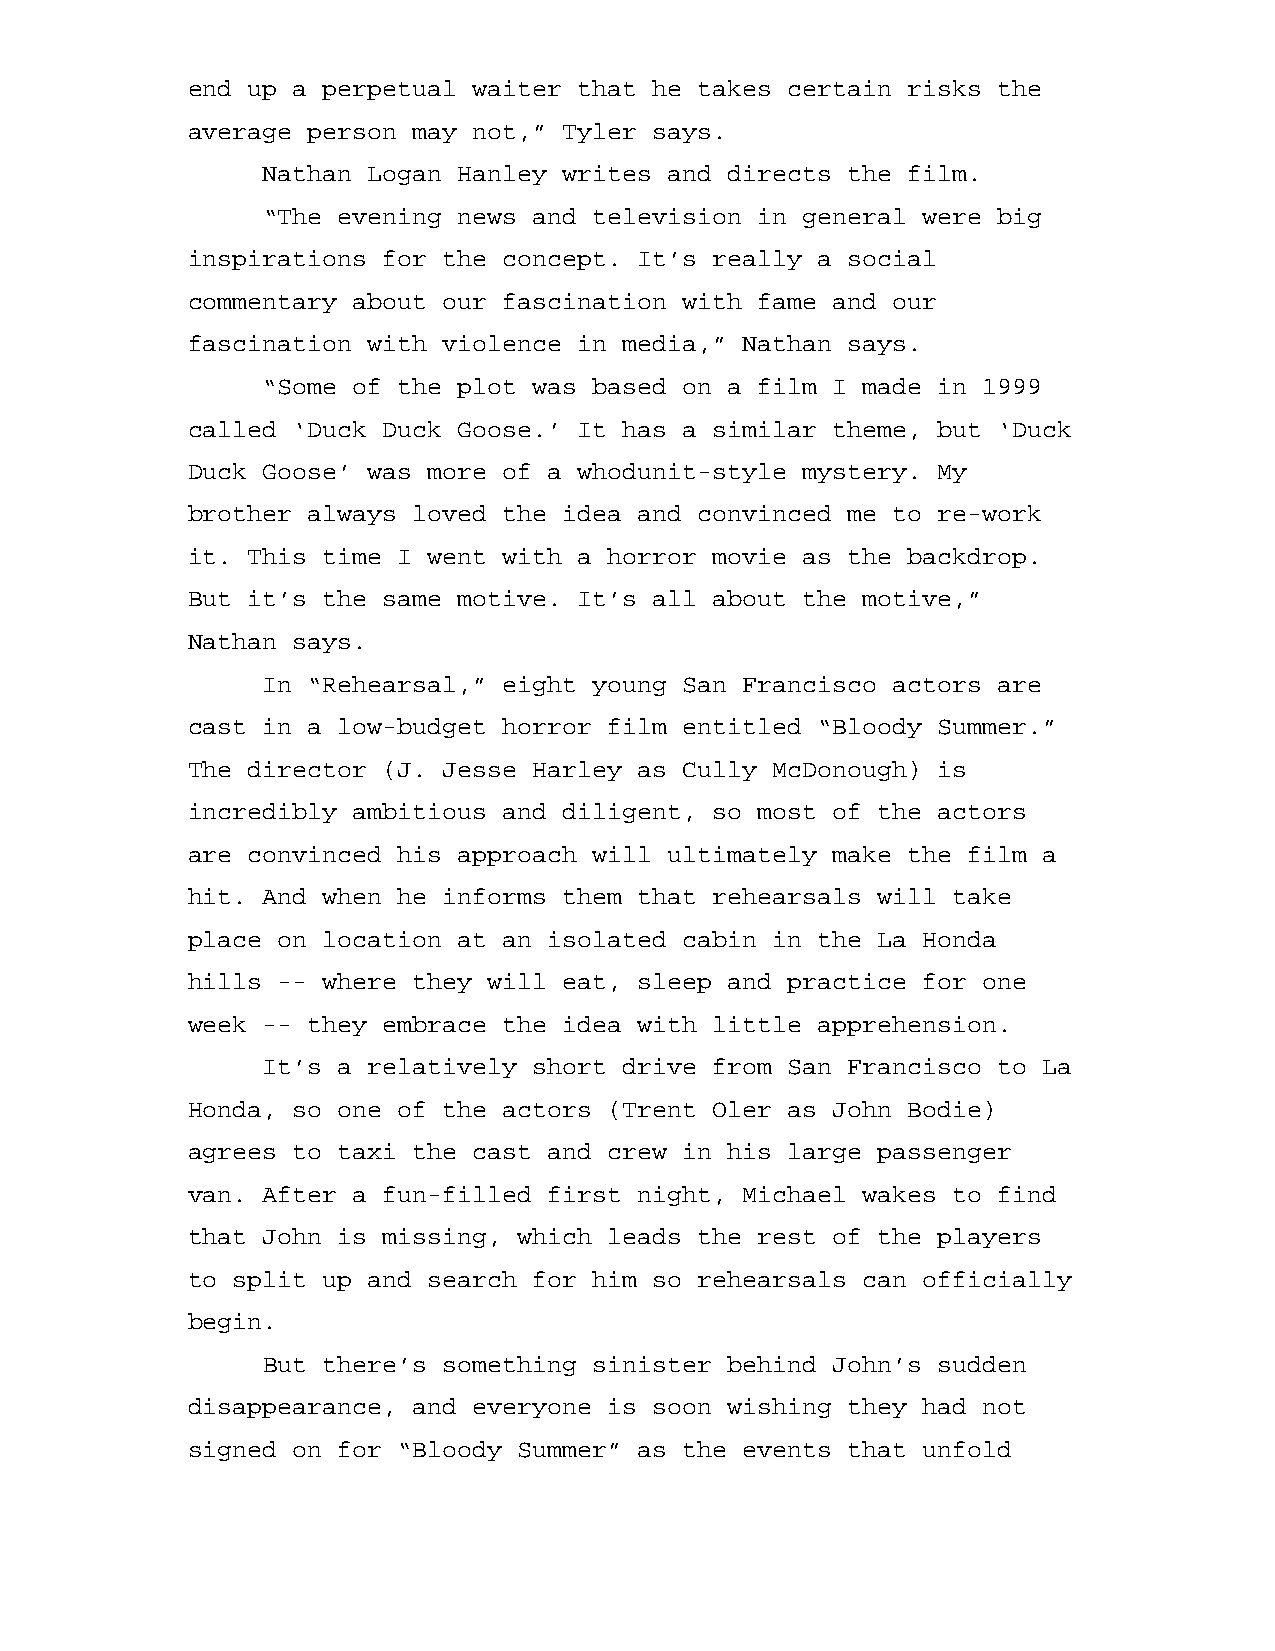
end up a perpetual waiter that he takes certain risks the
 average person may not,” Tyler says.
 Nathan Logan Hanley writes and directs the film.
 “The evening news and television in general were big
 inspirations for the concept. It’s really a social
 commentary about our fascination with fame and our
 fascination with violence in media,” Nathan says.
 “Some of the plot was based on a film I made in 1999
 called ‘Duck Duck Goose.’ It has a similar theme, but ‘Duck
 Duck Goose’ was more of a whodunit-style mystery. My
 brother always loved the idea and convinced me to re-work
 it. This time I went with a horror movie as the backdrop.
 But it’s the same motive. It’s all about the motive,”
 Nathan says.
 In “Rehearsal,” eight young San Francisco actors are
 cast in a low-budget horror film entitled “Bloody Summer.”
 The director (J. Jesse Harley as Cully McDonough) is
 incredibly ambitious and diligent, so most of the actors
 are convinced his approach will ultimately make the film a
 hit. And when he informs them that rehearsals will take
 place on location at an isolated cabin in the La Honda
 hills -- where they will eat, sleep and practice for one
 week -- they embrace the idea with little apprehension.
 It’s a relatively short drive from San Francisco to La
 Honda, so one of the actors (Trent Oler as John Bodie)
 agrees to taxi the cast and crew in his large passenger
 van. After a fun-filled first night, Michael wakes to find
 that John is missing, which leads the rest of the players
 to split up and search for him so rehearsals can officially
 begin.
 But there’s something sinister behind John’s sudden
 disappearance, and everyone is soon wishing they had not
 signed on for “Bloody Summer” as the events that unfold